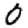
Digit: 0